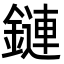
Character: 鏈